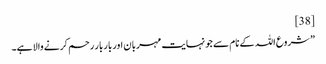
[38]
” شروع اللہ کے نام سے جو نہایت مہربان اور بار بار رحم کرنے والا ہے۔